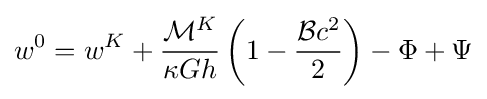
w^{0}=w^{K}+{\frac {{\mathcal {M}}^{K}}{\kappa Gh}}\left(1-{\frac {{\mathcal {B}}c^{2}}{2}}\right)-\Phi +\Psi